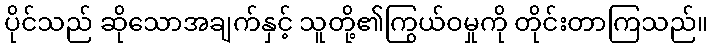
ပိုင်သည် ဆိုသောအချက်နှင့် သူတို့၏ကြွယ်ဝမှုကို တိုင်းတာကြသည်။